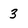
Character: 3